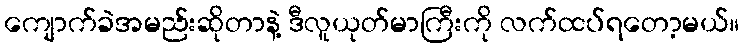
ကျောက်ခဲအမည်းဆိုတာနဲ့ ဒီလူယုတ်မာကြီးကို လက်ထပ်ရတော့မယ်။